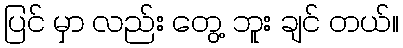
ပြင် မှာ လည်း တွေ့ ဘူး ချင် တယ်။